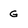
Character: G